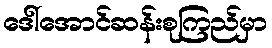
ဒေါ်အောင်ဆန်းစုကြည်မှာ